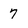
Character: 7